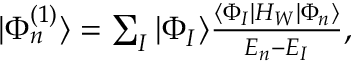
\begin{array} { r } { | \Phi _ { n } ^ { ( 1 ) } \rangle = \sum _ { I } | \Phi _ { I } \rangle \frac { \langle \Phi _ { I } | H _ { W } | \Phi _ { n } \rangle } { { \cal E } _ { n } - { \cal E } _ { I } } , } \end{array}